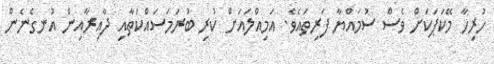
ހުރިހާ މޭކަޕަކަށް ވެސް ސުމައްޔާ ފަރިތައެވެ. އަމިއްލައަށް ކުރި ބުރަމަސައްކަތާއި ދާއިރާއިން އުނގެނެން